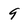
Character: 9